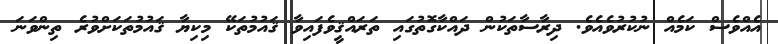
އެއްވެސް ކަމެއް ނުކުރުވެއެވެ. ދިރާސާތަކުން ދައްކާގޮތުގައި ތަރައްޤީވެފައިވާ ޤައުމުތަކޭ މިކިޔާ ޤައުމުތަކަށްވުރެ ތިންވަނަ